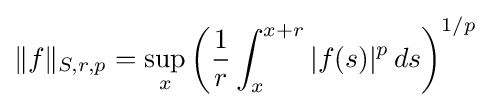
\|f\|_{S,r,p}=\sup _{x}\left({1 \over r}\int _{x}^{x+r}|f(s)|^{p}\,ds\right)^{1/p}